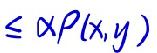
$\leq \alpha \rho(x,y)$